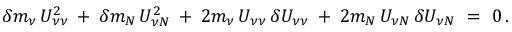
\delta m _ { \nu } \, U _ { \nu \nu } ^ { 2 } \: + \: \delta m _ { N } \, U _ { \nu N } ^ { 2 } \: + \: 2 m _ { \nu } \, U _ { \nu \nu } \, \delta U _ { \nu \nu } \: + \: 2 m _ { N } \, U _ { \nu N } \, \delta U _ { \nu N } \ = \ 0 \, .